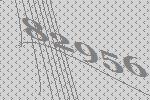
82956